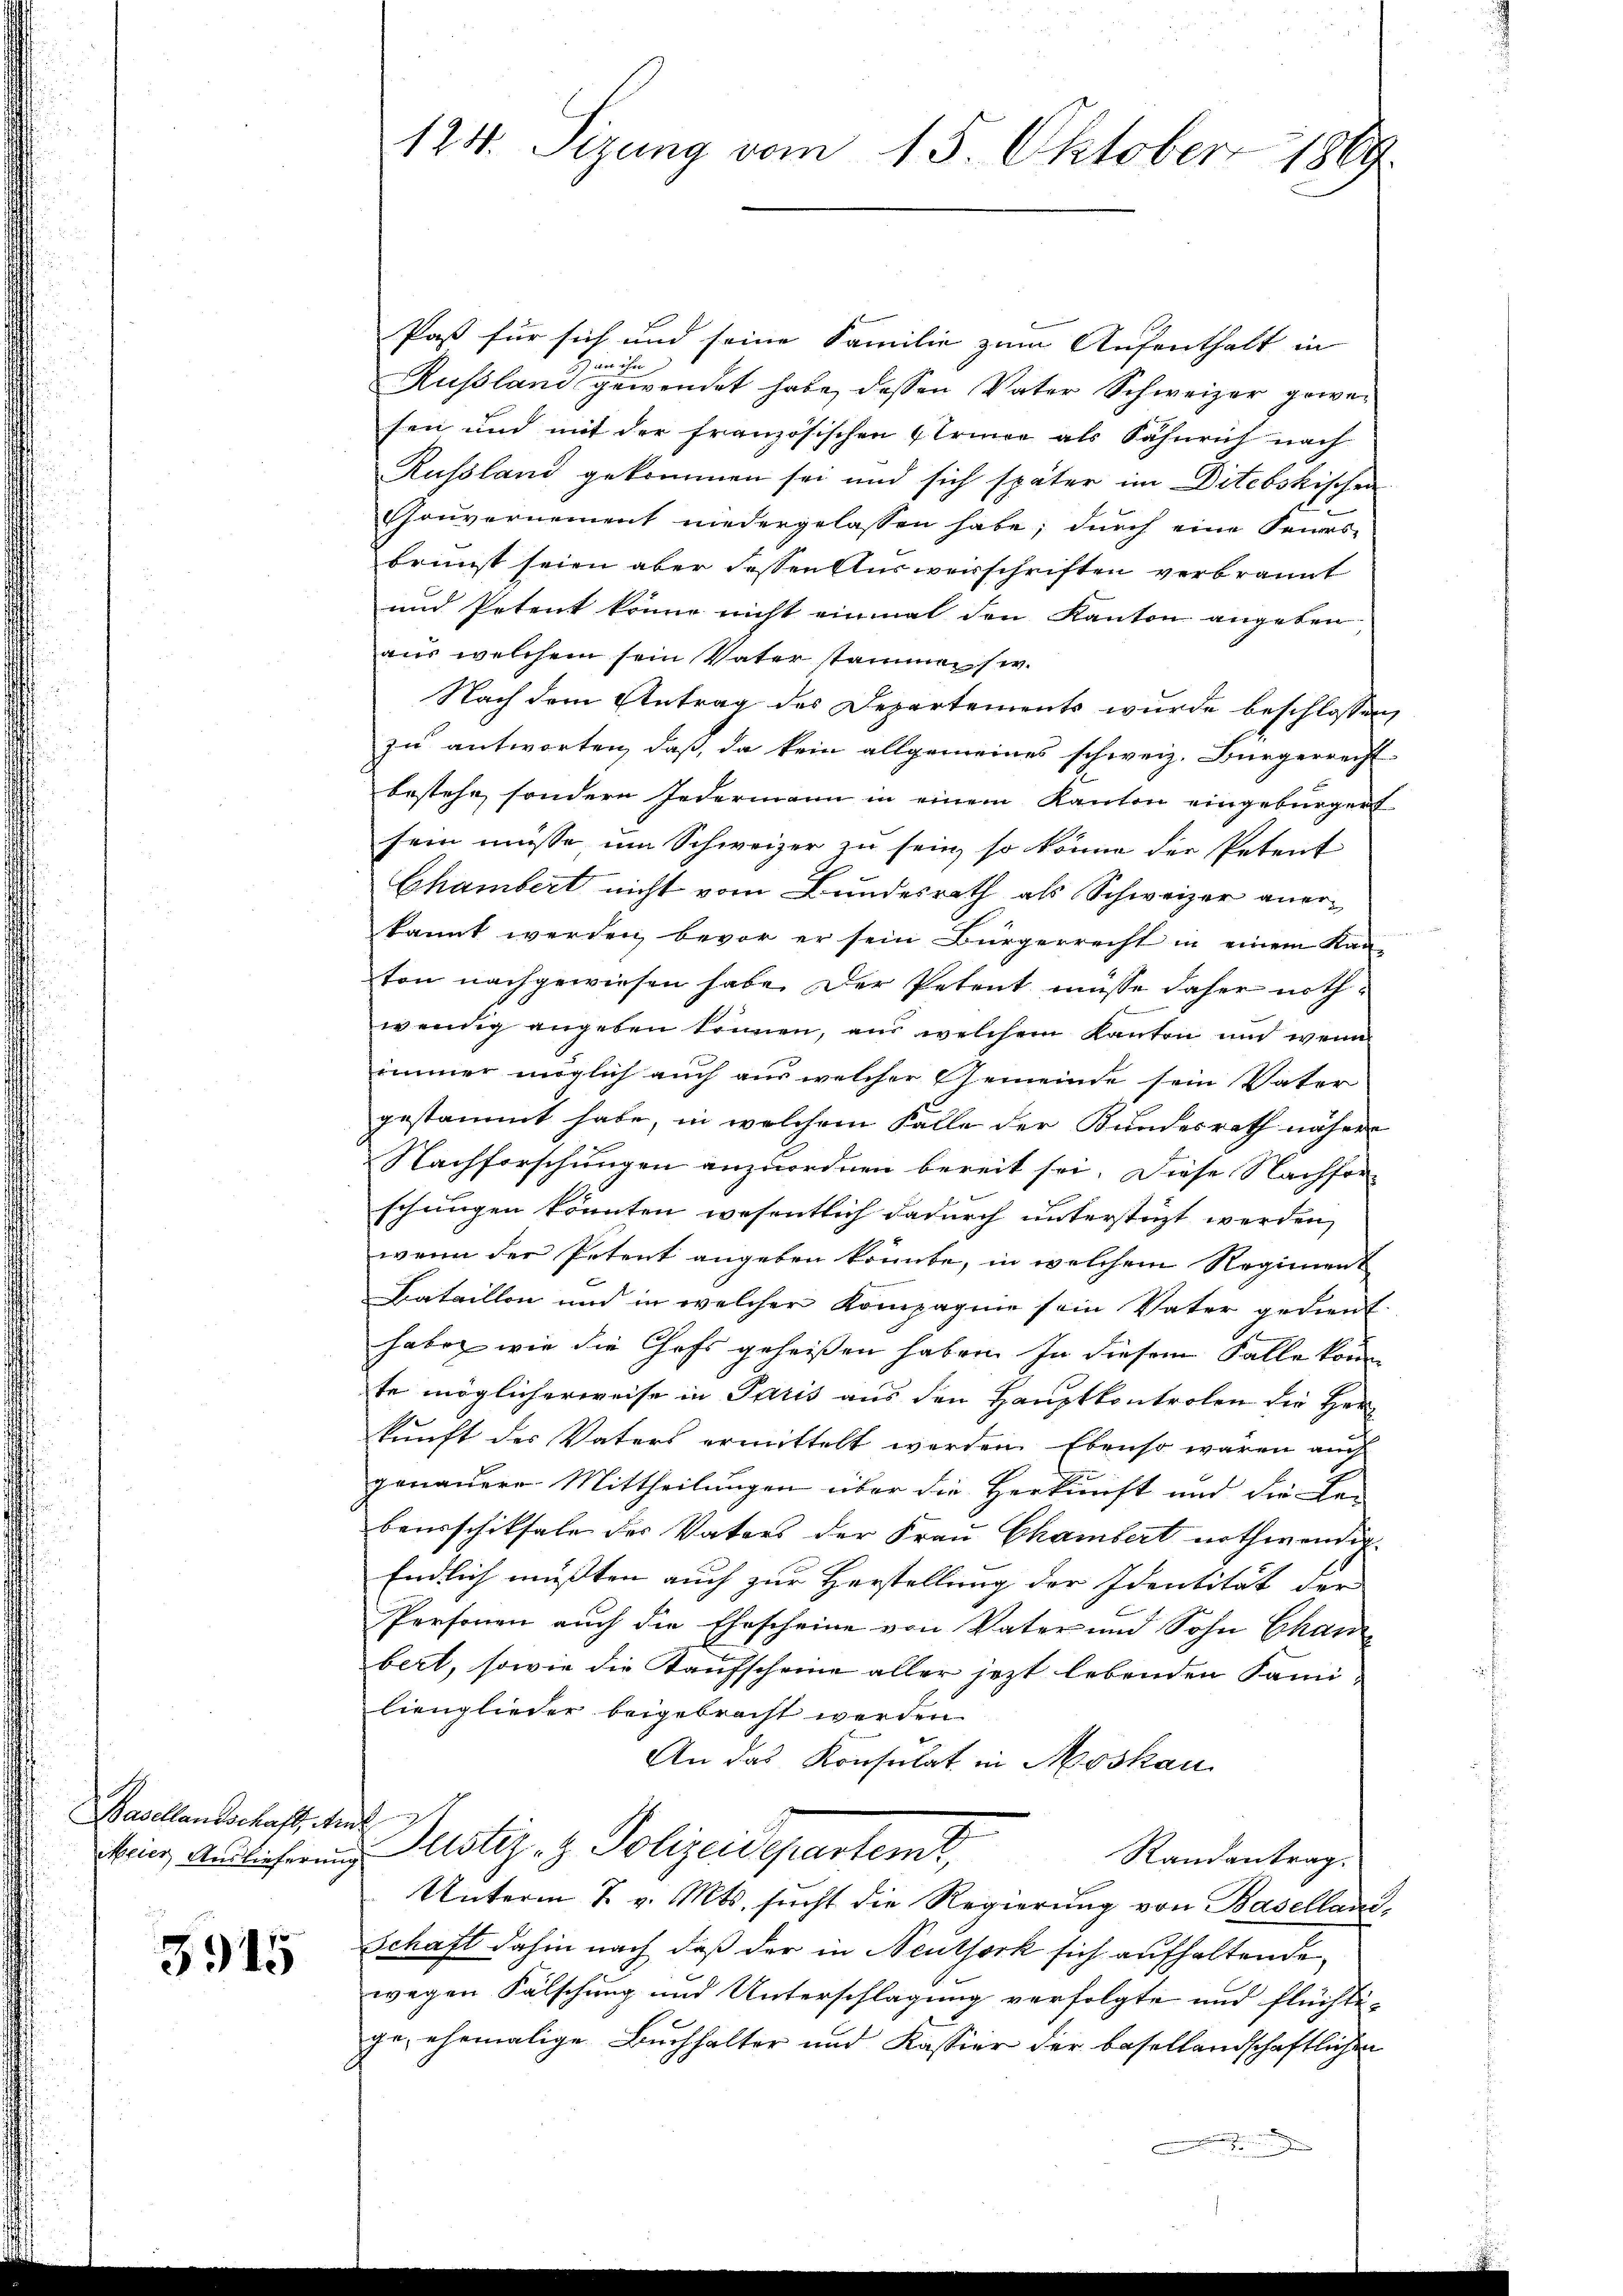
Basellandschaft, wel

3915

124. Sizung vom 15. Oktober 1869.

Paßt für sich und seine Familie zum Aufenthalt in
H) an ihn
Rußland gewendet habe, dessen Vater Schweizer gewesen und mit der französischen Erinne als Fähnrich nach
Russland gekommen sei und sich später im Ditebskischen
Gouvernement niedergelassen habe; durch eine Feuers-
brunst seien aber dessen Ausverschriften verbrannt
und Petent krund nicht einmal den Kanton angeben
aus welchem sein Vater stammen s w.
Nach dem Antrag des Departements wurde beschlossen,
zu antworten, daß, da kein allgemeines schweiz. Bürgerrecht
bestehe, sondern jedermann in einem Kanton eingebürgert
sein müsse um Schweizer zu sein, so könne der Petent
Chambert nicht vom Bundesrath als Schweizer anerkannt werden, bevor er sein Bürgerrecht in einem Kan-
ton nachgewiesen habe. Der Petent müsse daher nothwendig angeben können, aus welchem Kanton und wenn
immer möglich auch aus welcher Gemeinde sein Vater
gestammt habe, in welchem Falle der Bundesrath nähere
Nachforschungen anzuordnen bereit sei. Diese Nachforschungen könnten wesentlich dadurch unterstüzt werden,
wenn der Petent angeben könnte, in welchem Regiment
Bataillon und in welcher Kompagnie sein Vater gedient.
haben wie die Chefs geheißen haben. In diesem Falle könne
te möglicherweise in Paris aus den Hauptkontrolen die Herr
kunft des Vaters ermittelt werden. Ebenso waren auch
genauere Mittheilungen über die Herkunft und die La-
baurschiksale des Vaters der Frau Chambert nothwendig
Endlich mussten auch zur Herstellung der Identität der
Personen auch die Ehescheine von Vater und Sohn Chan
bert, sowie die Kaufscheine aller jezt lebenden Fami-
lienglieder beigebracht werden.
An das Konsulat in Moskau
Meier Auslicherung Plistiz- & Polizeidepartem
Randantrag.
Unterm 2. v. Mts. sucht die Regierŭng von Baselland-
Schaft dahin nach daß der in Neuthork sich aufhaltende
wegen Fälschung und Unterschlagung verfolgte und flüchti-
ge, ehemalige Buchhalter und Kassier der basellandschaftlichen
n